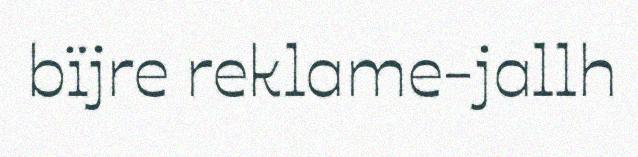
bïjre reklame-jallh